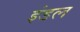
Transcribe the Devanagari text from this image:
इंडल